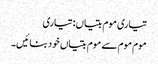
تیاری موم بتیاں: تیاری
موم موم سے موم بتیاں خود بنائیں۔